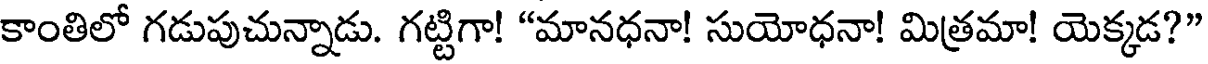
కాంతిలో గడుపుచున్నాడు. గట్టిగా! "మానధనా! సుయోధనా! మిత్రమా! యెక్కడ?"